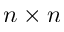
n \times n